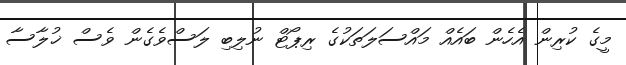
މީގެ ކުރިން އެހެން ބައެއް މައްސަލަތަކުގެ ރިޕޯޓް ނުލިބި ލަސްވެގެން ވެސް ޚުލާސާ